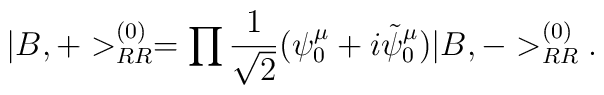
|B, +>^{(0)}_{RR}=\prod \frac{1}{\sqrt{2}}(\psi^{\mu}_0+i\tilde{\psi}^{\mu}_0)|B, ->^{(0)}_{RR}.